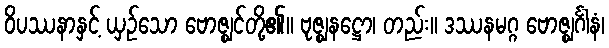
ဝိပဿနာနှင့် ယှဉ်သော ဗောဇ္ဈင်တို့၏။ ဗုဇ္ဈနဋ္ဌော၊ တည်း။ ဒဿနမဂ္ဂ ဗောဇ္ဈင်္ဂါနံ၊